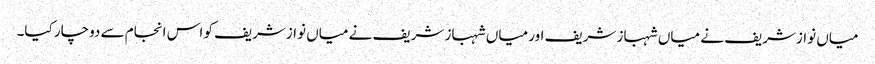
میاں نوازشریف نے میاں شہباز شریف اور میاں شہباز شریف نے میاں نوازشریف کو اس انجام سے دوچار کیا۔